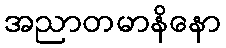
အညာတမာနိနော